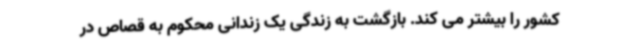
کشور را بیشتر می کند. بازگشت به زندگی یک زندانی محکوم به قصاص در